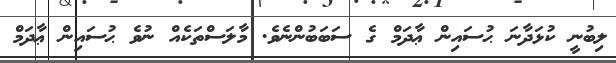
ލިބުނީ ކުޅަދާނަ ޙުސައިން ޢާދަމް ގެ ސަބަބުންނެވެ. މާލަސްތަކެއް ނުވެ ޙުސައިން ޢާދަމް